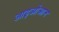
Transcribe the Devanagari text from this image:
आइओआन